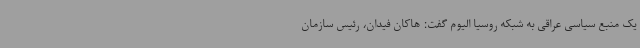
یک منبع سیاسی عراقی به شبکه روسیا الیوم گفت: هاکان فیدان، رئیس سازمان